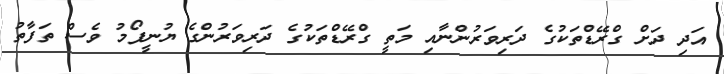
އަދި ދަށް ގްރޭޑްތަކުގެ ދަރިވަރުންނާއި މަތީ ގްރޭޑްތަކުގެ ދަރިވަރުންގެ ޔުނީފޯމު ވެސް ތަފާތު